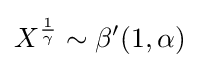
X^{\frac {1}{\gamma }}\sim \beta ^{\prime }(1,\alpha )